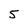
Character: 5